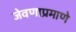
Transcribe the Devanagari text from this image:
जेवणाप्रमाणे